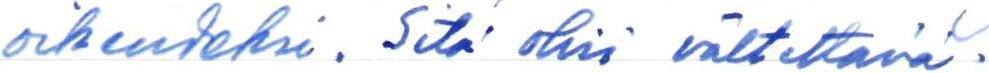
oikeudeksi. Sitä olisi vältettävä.